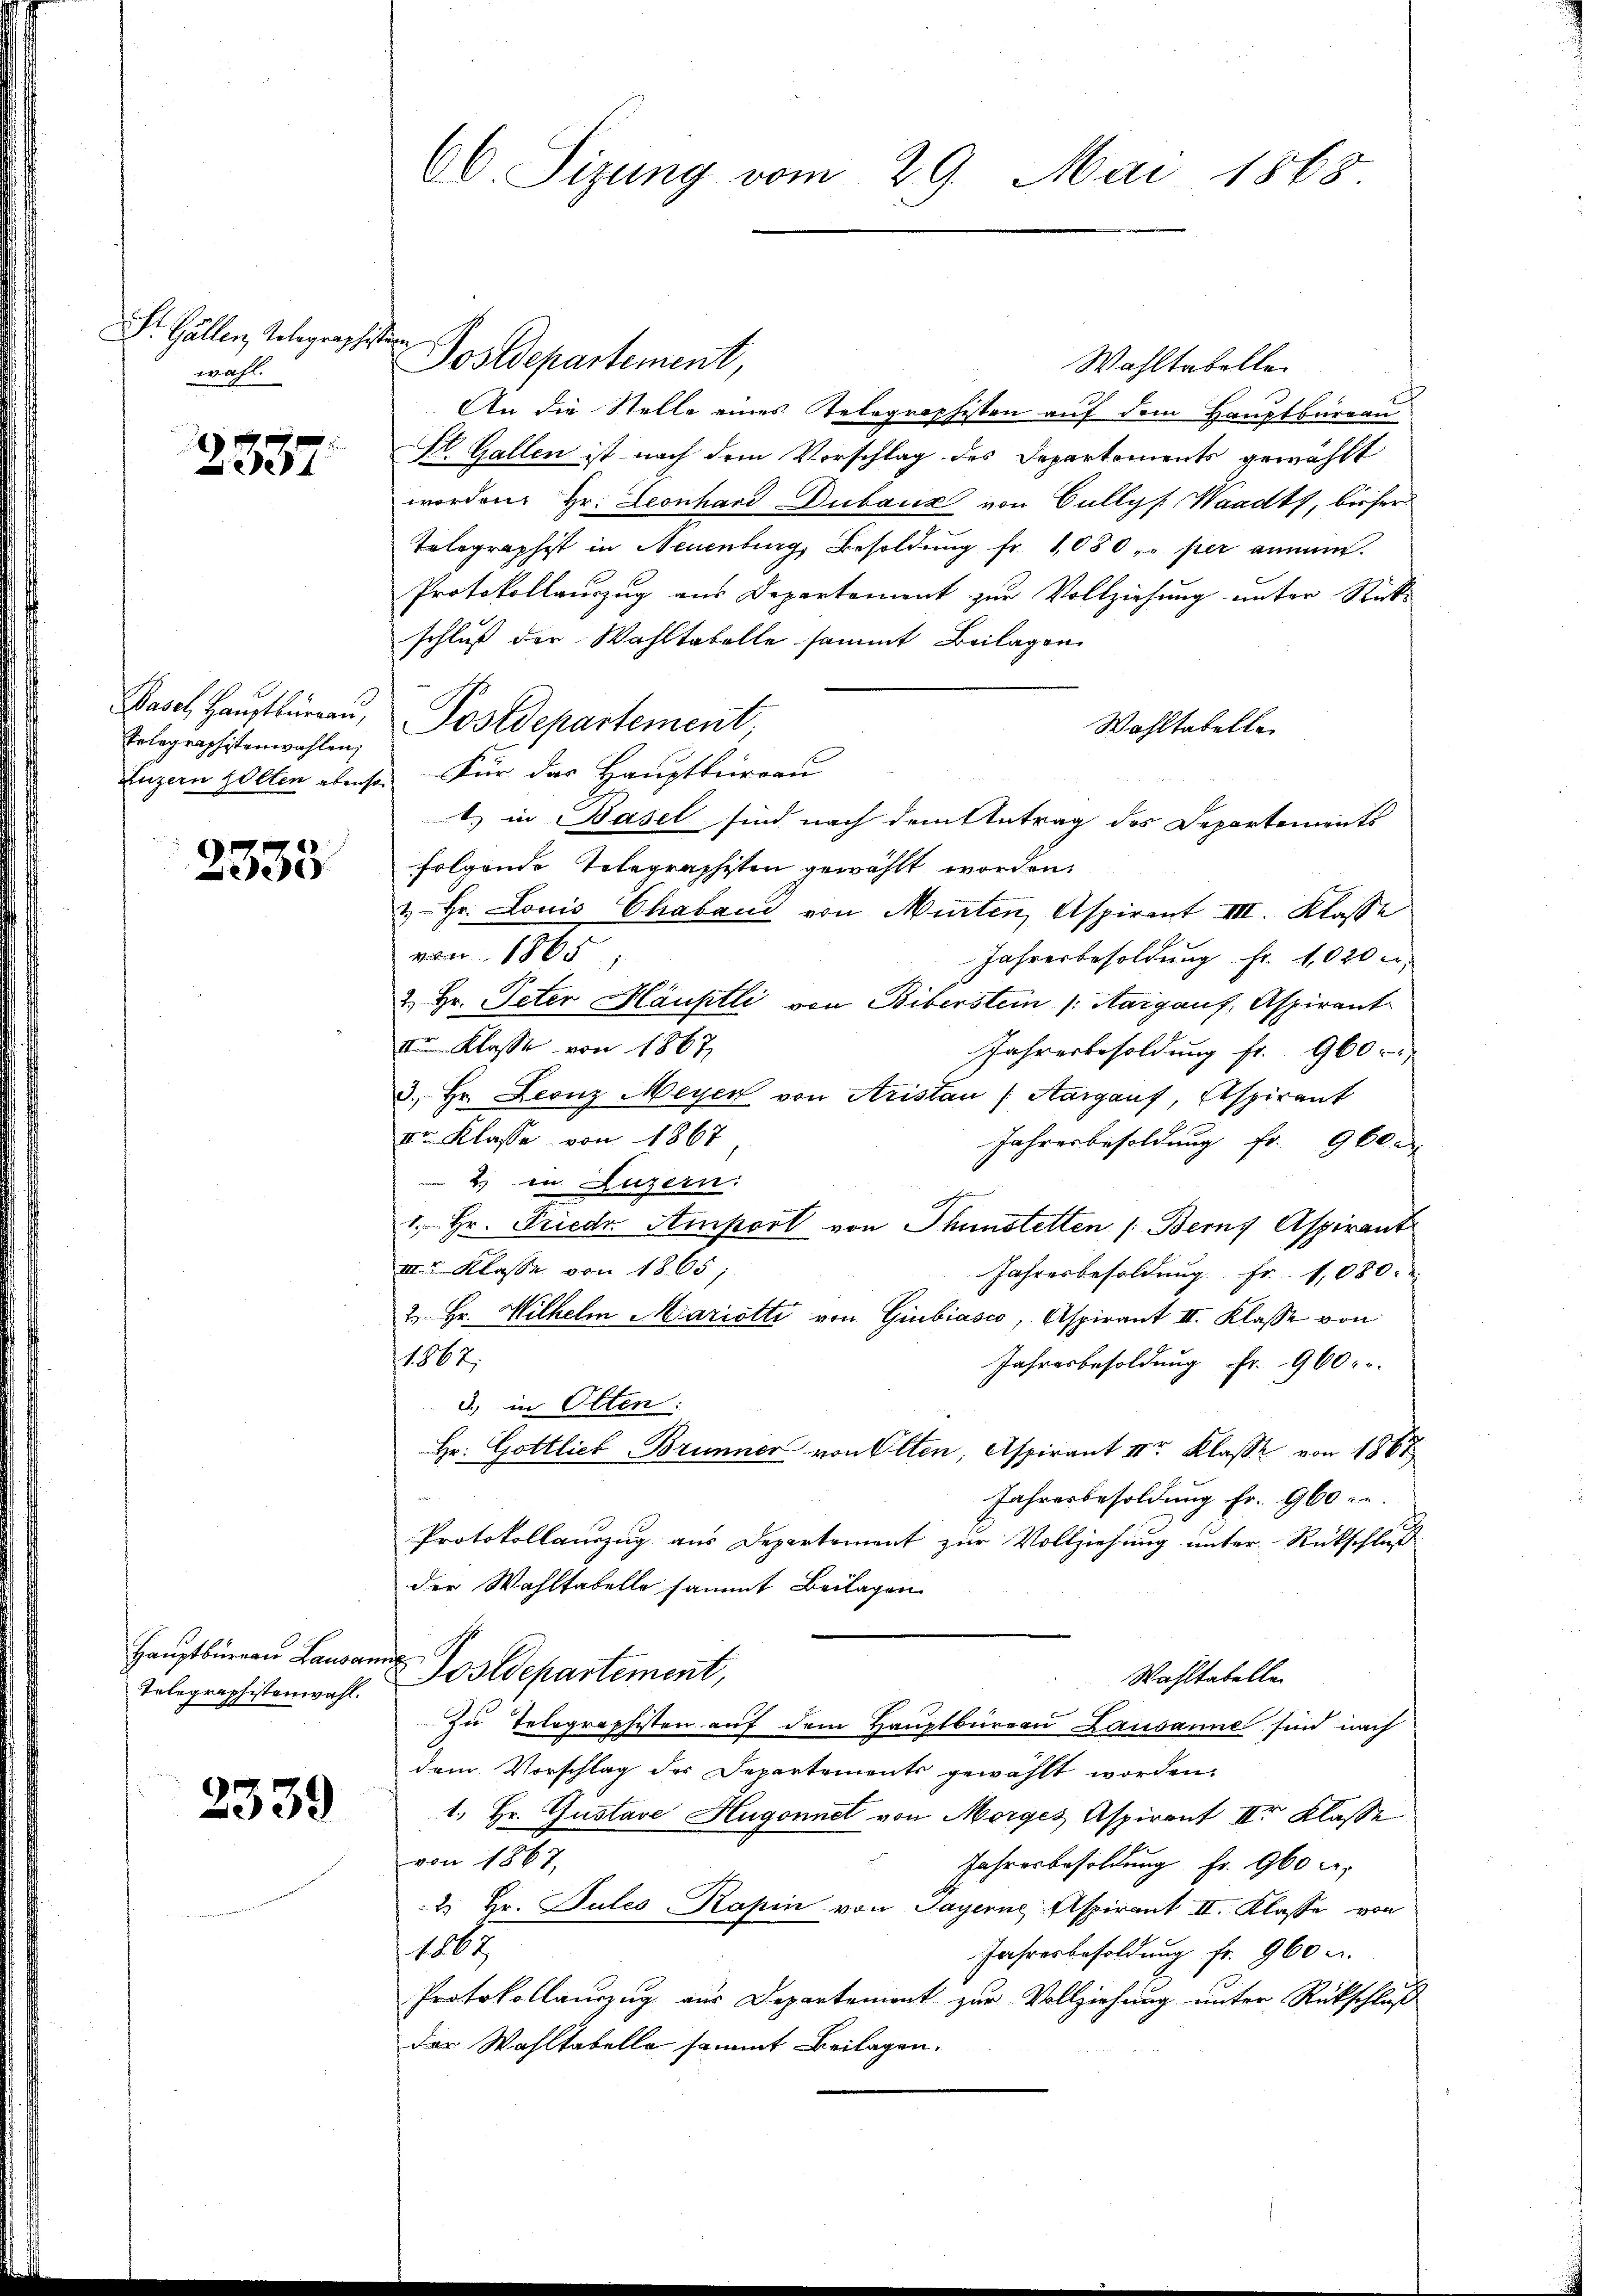
St. Gallen, Telegraphe
wahl.

2337

Basel, Hauptbürgen,
Telegraphistenwahlen,
Luzern holten ebenso

2535

Hauptbüreau Lausar
Telegraphistenwahl.

2339

66. Sizung vom 29. Mai 1868.

Postdepartement,
Wahltabelle.
An die Stelle eines Telegraphisten auf dem Hauptbureau
St. Gallen ist nach dem Vorschlag des Departements gewählt
worden Hr. Leonhard Dubauz von Cully, Waadt, bisher
Tolographist in Neuenburg, Besoldung fr. 1080 per annen.
Protokollaŭszŭg ans Departement zŭr Vollziehŭng ŭnter Rück-
schluß der Wahltabelle sammt Beilagen
Postdepartement
Wahltabelle
Für das Hauptbureau
.) in Basel sind nach dem Antrag des Departements
folgende Telegraphisten gewählt worden.
& Hr. Louis Chaband von Murten, Aspirant III. Klasse
von 1865
Jahresbesoldung fr. 1020
2. Hr. Peter Häuptli von Biberstein /: Margauf, Aspirant
II Klasse von 1867
Jahresbesoldung fr. 960
3. Hr. Leonz Meyer von Aristan (Aargauf, Aspirant
Ir Klasse von 1867
Jahresbesoldung fr. 960
2 in Luzern.
 2
1. Hr. Friedr. Amport von Thunstetten (Bern Aspirant
mr Klasse von 1865
Jahresbesoldung fr. 1080.
2. Hr. Wilhelm Mariotti von Giubiasco, Aspirant II. Klasse von
1867;
Jahresbesoldung Fr. 960.
d.) in Olten:
Hr. Gottlieb Brunner von Olten, Aspirant II Klasse von 1867
Jahresbesoldung fr. 960 - u.
Protokollauszug aus Departement zur Vollziehung unter Rückschluß
der Wahltabelle sammt Beilagen
t
Postdepartement,
Wahltabella
Zu Telegraphisten auf dem Hauptbureau Lausanne sind nach
dem Vorschlag des Departements gewählt worden,
1. Hr. Gustave Hugonnet von Morges Aspirant II Klasse
von 1867
Jahresbesoldung Fr. 960 c.
2 Hr. Pules Kapin von Payerne Aspirant II. Klasse von
100
Jahresbesoldung fr. 960 u.
Protokollaŭszŭg aŭs Departement zŭr Vollziehŭng ŭnter Rückschlŭβ
der Wahltabelle sammt Beilagen.

¬